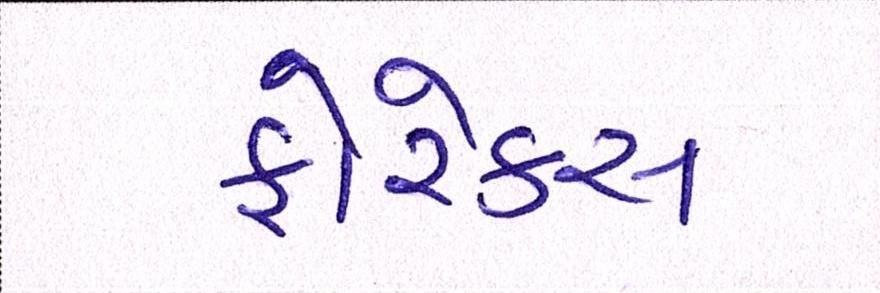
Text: ફોરેક્સ